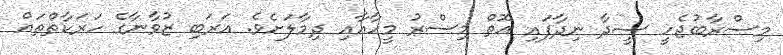
މިސްރާބުޖެހީ ސީދާ ނިދާފައި އޮތް މިސްރު މީހާއާއި ދިމާލަށެވެ. އަރަބި ޒުވާނާގެ ހަރަކާތްތައް